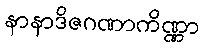
နာနာဒိဇဂဏာကိဏ္ဏာ